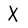
Character: X